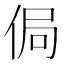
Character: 侷